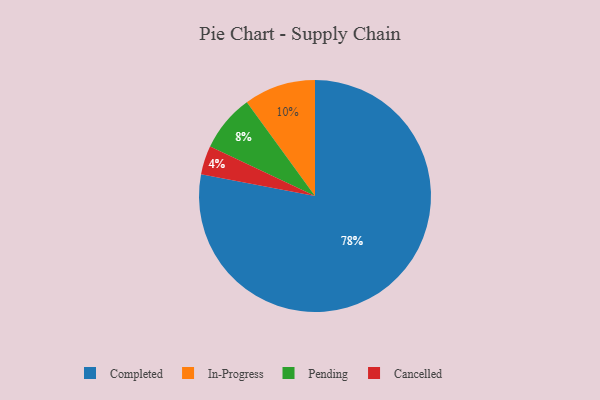
{"axis": {"x": "Category", "y": "Percentage"}, "legend": ["Cancelled", "Completed", "In-Progress", "Pending"], "data": [{"x": "In-Progress", "y": 10, "type": "In-Progress"}, {"x": "Completed", "y": 78, "type": "Completed"}, {"x": "Pending", "y": 8, "type": "Pending"}, {"x": "Cancelled", "y": 4, "type": "Cancelled"}]}